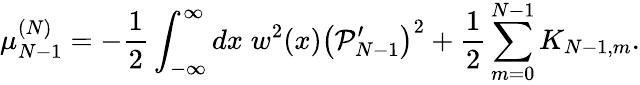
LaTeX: \mu_{N-1}^{(N)}=-{\frac{1}{2}}\int_{-\infty}^{\infty}dx\; w^{2}(x)\left({\cal P}_{N-1}^{\prime}\right)^{2}+{\frac{1}{2}}\sum_{m=0}^{N-1}K_{N-1,m}.